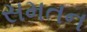
સમતન